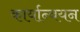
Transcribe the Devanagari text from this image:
कार्यान्‍वयन